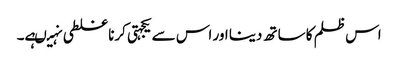
اس ظلم کا ساتھ دینا اور اس سے یکجہتی کرنا غلطی نہیںہے۔